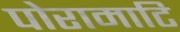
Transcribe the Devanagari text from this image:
पोरामाटि